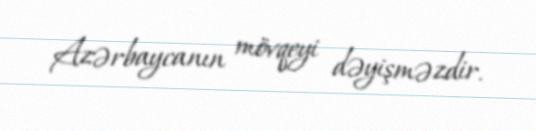
Azərbaycanın mövqeyi dəyişməzdir.